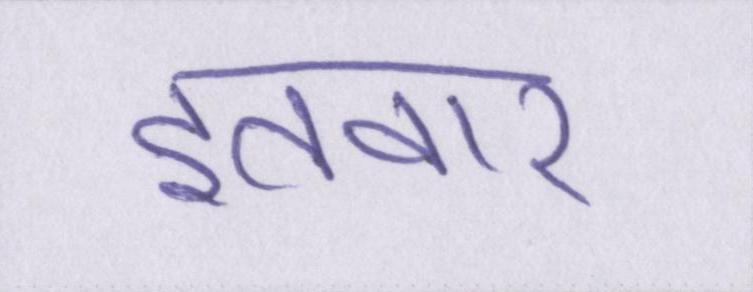
इतवार